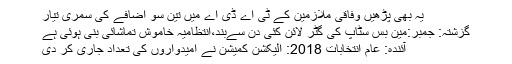
یہ بھی پڑھیں وفاقی ملازمین کے ٹی اے ڈی اے میں تین سو اضافے کی سمری تیار
گزشتہ: جمبر:مین بس سٹاپ کی گٹر لائن کئی دن سےبند،انتظامیہ خاموش تماشائی بنی ہوئی ہے
آئندہ: عام انتخابات 2018: الیکشن کمیشن نے امیدواروں کی تعداد جاری کر دی